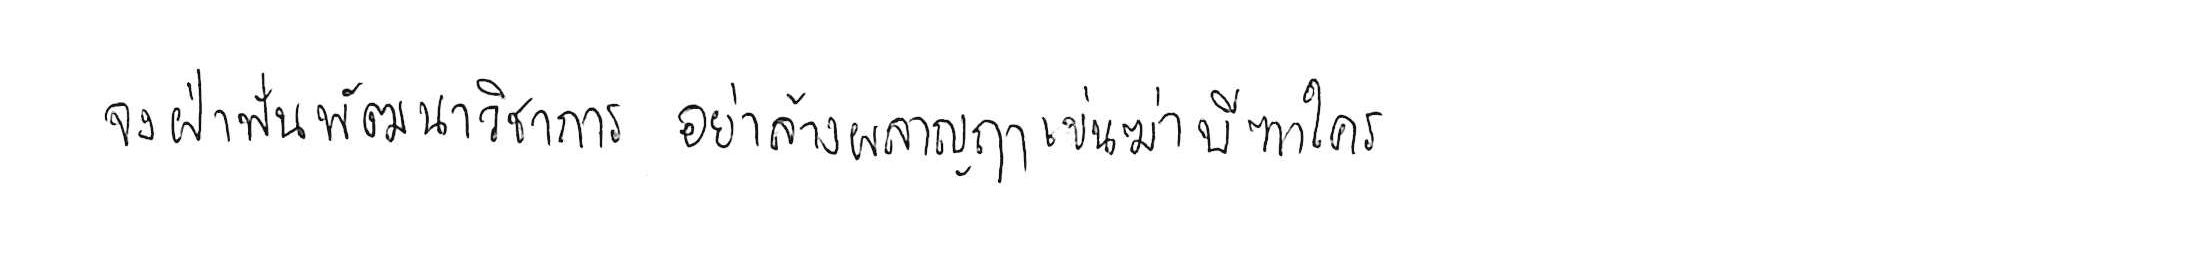
จงฝ่าฟันพัฒนาวิชาการ อย่าล้างผลาญฤๅเข่นฆ่าบีฑาใคร